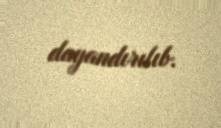
dayandırılıb.